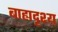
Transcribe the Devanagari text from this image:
बाह्यदृश्य